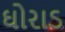
ઘોરાડ